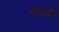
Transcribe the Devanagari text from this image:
गजची